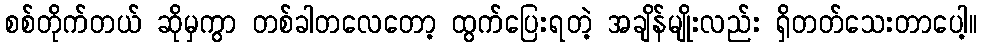
စစ်တိုက်တယ် ဆိုမှကွာ တစ်ခါတလေတော့ ထွက်ပြေးရတဲ့ အချိန်မျိုးလည်း ရှိတတ်သေးတာပေါ့။